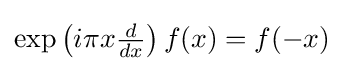
\exp \left(i\pi x{\tfrac {d}{dx}}\right)f(x)=f(-x)